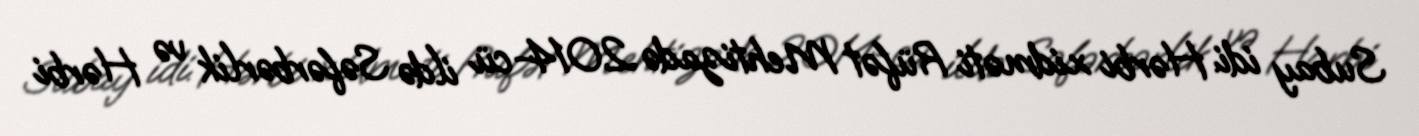
Subay idi. Hərbi xidməti Rüfət Mehtizadə 2014-cü ildə Səfərbərlik və Hərbi